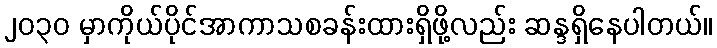
၂၀၃၀ မှာကိုယ်ပိုင်အာကာသစခန်းထားရှိဖို့လည်း ဆန္ဒရှိနေပါတယ်။